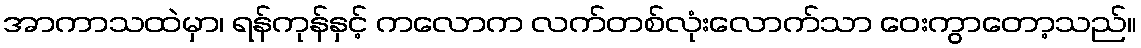
အာကာသထဲမှာ၊ ရန်ကုန်နှင့် ကလောက လက်တစ်လုံးလောက်သာ ဝေးကွာတော့သည်။